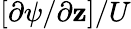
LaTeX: [{\partial\psi}/{\partial\mathbf{z}}]/U